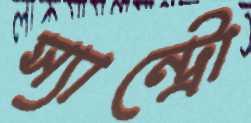
স্যান্ট্রো